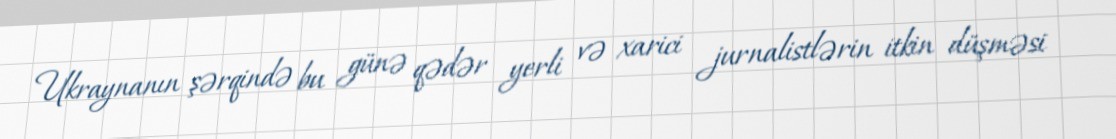
Ukraynanın şərqində bu günə qədər yerli və xarici jurnalistlərin itkin düşməsi